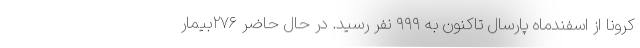
کرونا از اسفندماه پارسال تاکنون به ۹۹۹ نفر رسید. در حال حاضر ۲۷۶بیمار